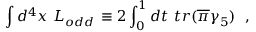
\int d ^ { 4 } x ~ { \cal L } _ { o d d } \, \equiv 2 \int _ { 0 } ^ { 1 } d t ~ t r ( \overline { { { \pi } } } \gamma _ { 5 } ) ~ ~ ,